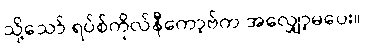
သို့သော် ရပ်စ်ကိုလ်နီကော့ဗ်က အလျှော့မပေး။